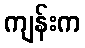
ကျန်းက